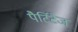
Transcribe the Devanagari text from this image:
पैर्टिटैज